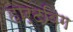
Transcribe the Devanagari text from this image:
हार्टविग